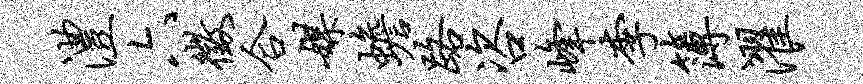
澧六征合媒蟾路咨峰李簿濯